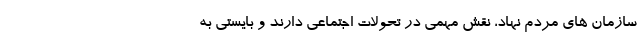
سازمان های مردم نهاد، نقش مهمی در تحولات اجتماعی دارند و بایستی به